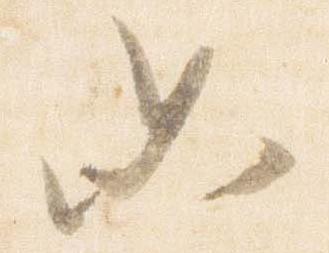
如